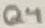
Text: Q4